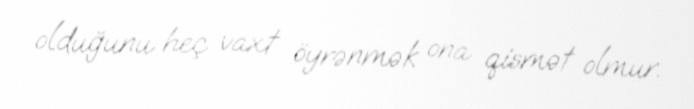
olduğunu heç vaxt öyrənmək ona qismət olmur.